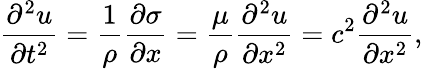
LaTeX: \frac{\partial^{2}u}{\partial t^{2}}=\frac{1}{\rho}\frac{\partial\sigma}{\partial x}=\frac{\mu}{\rho}\frac{\partial^{2}u}{\partial x^{2}}=c^{2}\frac{\partial^{2}u}{\partial x^{2}},